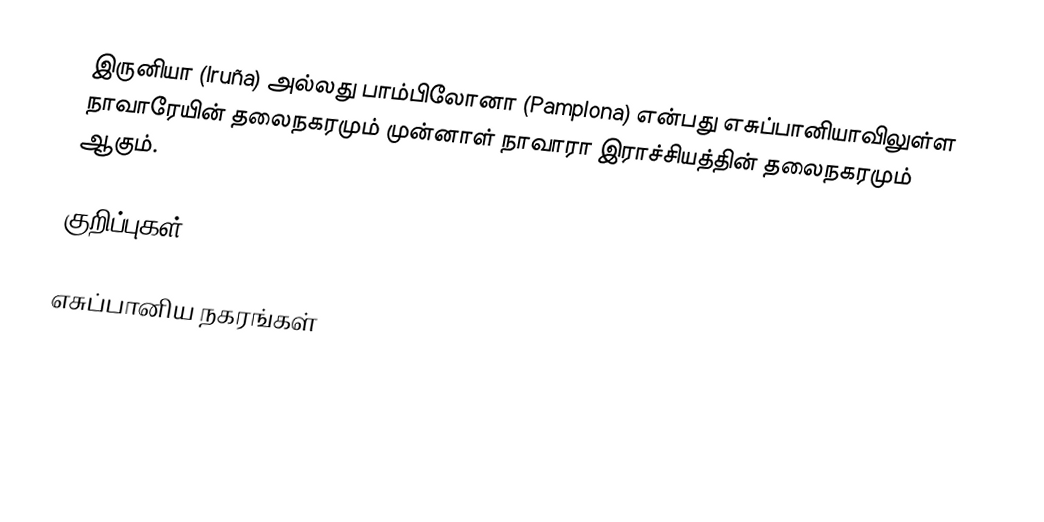
இருனியா (Iruña) அல்லது பாம்பிலோனா (Pamplona) என்பது எசுப்பானியாவிலுள்ள நாவாரேயின் தலைநகரமும் முன்னாள் நாவாரா இராச்சியத்தின் தலைநகரமும் ஆகும்.

குறிப்புகள்

எசுப்பானிய நகரங்கள்